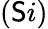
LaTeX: (\mathsf{S}i)